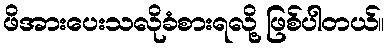
ဖိအားပေးသလိုခံစားရလို့ ဖြစ်ပါတယ်။